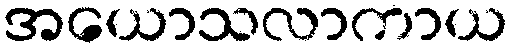
အယောသလာကာယ